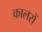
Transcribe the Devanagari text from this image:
कालरों